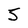
Character: 5